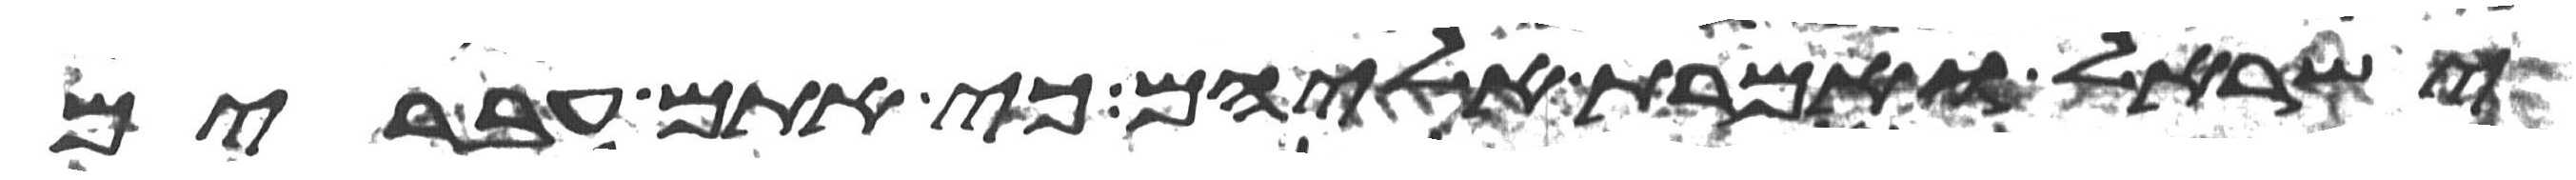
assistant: ישראל ואמרת אליהם כי אתם עברים